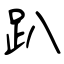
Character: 趴